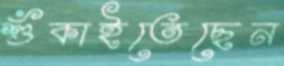
শুঁকাইতেছেন